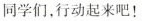
同学们，行动起来吧！